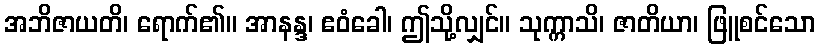
အဘိဇာယတိ၊ ရောက်၏။ အာနန္ဒ၊ ဧဝံခေါ၊ ဤသို့လျှင်။ သုက္ကာသိ၊ ဇာတိယာ၊ ဖြူစင်သော